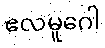
ဧလမူဂေါ